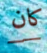
كان